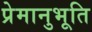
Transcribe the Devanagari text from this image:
प्रेमानुभूति